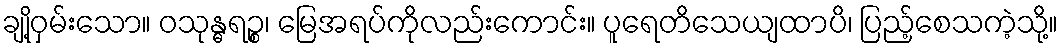
ချို့ဝှမ်းသော။ ဝသုန္ဓရဉ္စ၊ မြေအရပ်ကိုလည်းကောင်း။ ပူရေတိသေယျထာပိ၊ ပြည့်စေသကဲ့သို့။